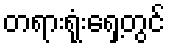
တရားရုံးရှေ့တွင်